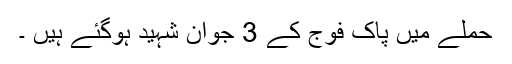
حملے میں پاک فوج کے 3 جوان شہید ہوگئے ہیں ۔